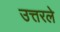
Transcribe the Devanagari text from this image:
उत्तरले